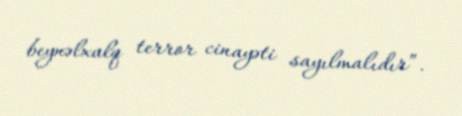
beynəlxalq terror cinayəti sayılmalıdır”.